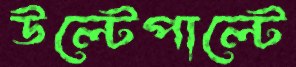
উল্টেপাল্টে